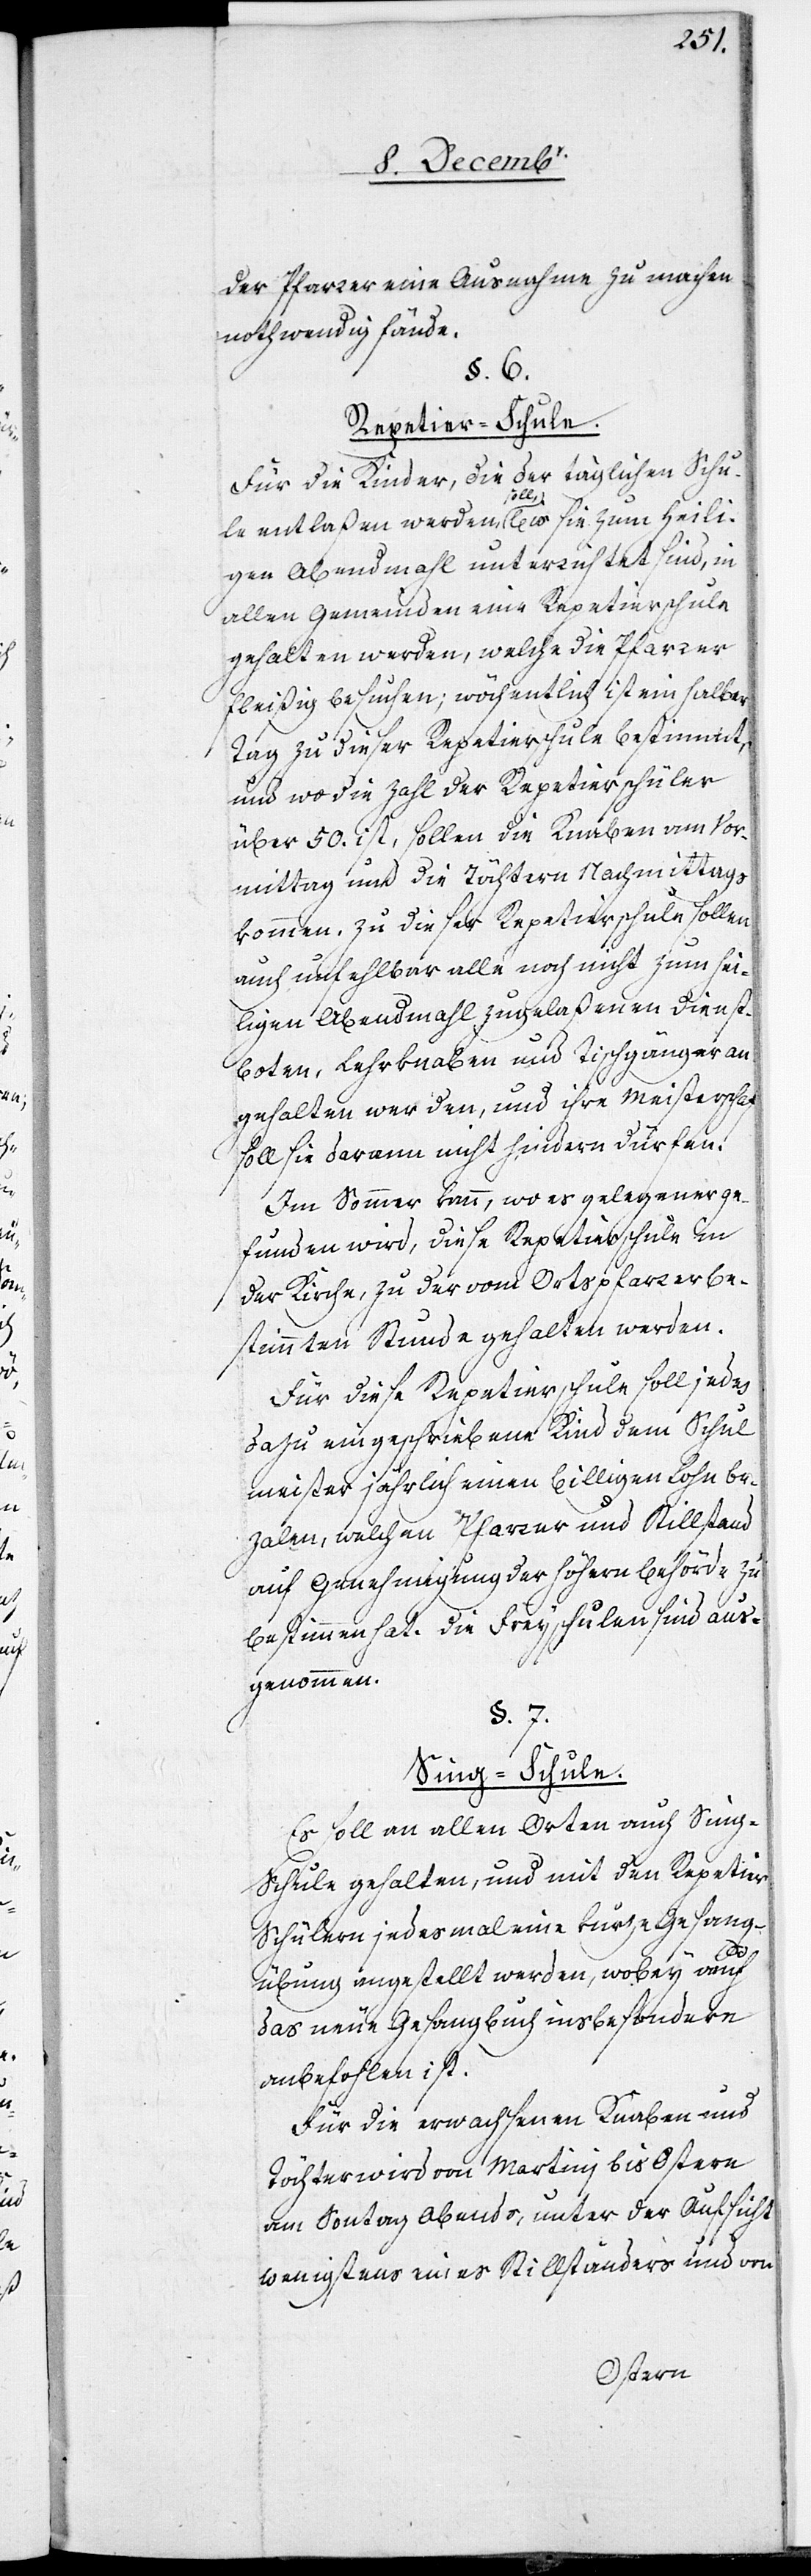
der Pfarrer eine Ausnahme zu machen
nothwendig fände.
§. 6.
Repetier-Schule.
Für die Kinder, die der täglichen Schu¬
le entlaßen werden, soll, wo sie zum heili¬
gen Abendmahl unterrichtet sind, in
allen Gemeinden eine Repetierschule
gehalten werden, welche die Pfarrer
fleißig besuchen; wöchentlich ist ein halber
Tag zu dieser Repetierschule bestimmt,
und wo die Zahl der Repetierschüler
über 50. ist, sollen die Knaben am Vor¬
mittag und die Töchter Nachmittags
kommen, zu dieser Repetierschule sollen
auch unfehlbar alle noch nicht zum hei¬
ligen Abendmahl zugelaßenen Dienst¬
boten, Lehrknaben und Tischgänger an¬
gehalten werden, und ihre Meisterschaft
soll sie darum nicht hindern dürfen.
Im Sommer kann, wo es gelegener ge¬
funden wird, diese Repetierschule in
der Kirche, zu der vom Ortspfarrer be¬
stimmten Stunde gehalten werden.
Für diese Repetierschule soll jedes
dazu eingeschriebene Kind dem Schul¬
meister jährlich einen billigen Lohn be¬
zalen, welchen Pfarrer und Stillstand
auf Genehmigung der höhern Behörde zu
bestimmen hat. Die Freyschulen sind aus¬
genommen.
§. 7.
Sing-Schule.
Es soll an allen Orten auch Sin¬
g-Schule gehalten, und mit den Repetier¬
schülern jedesmal eine kurze Gesang¬
übung angestellt werden, wobey auch
das neue Gesangbuch insbesondere
anbefohlen ist.
Für die erwachsenen Knaben und
Töchter wird von Martini bis Ostern
am Sontag Abends, unter der Aufsicht
wenigstens eines Stillständers und von